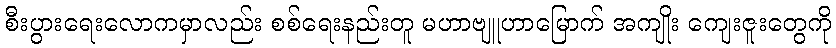
စီးပွားရေးလောကမှာလည်း စစ်ရေးနည်းတူ မဟာဗျူဟာမြောက် အကျိုး ကျေးဇူးတွေကို